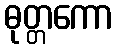
ဓုတ္တကော